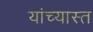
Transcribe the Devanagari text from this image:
यांच्यास्त